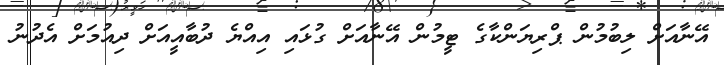
އޭނާއަށް ލިބުމުން ޕްރިޔަންކާގެ ޓީމުން އޭނާއަށް ގުޅައި އިއްޔެ ދުބާއީއަށް ދިއުމަށް އެދުނު